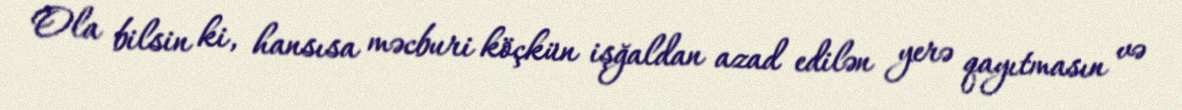
Ola bilsin ki, hansısa məcburi köçkün işğaldan azad edilən yerə qayıtmasın və